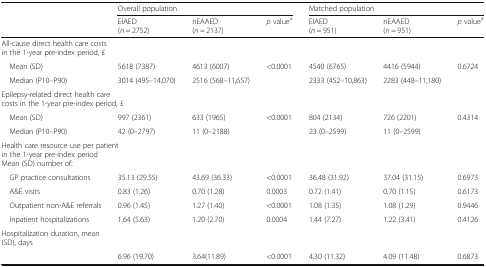
<table><thead><tr><td rowspan="2"></td><td colspan="3"><b>Overall population</b></td><td colspan="3"><b>Matched population</b></td></tr><tr><td><b>EIAED(<i>n</i> = 2752)</b></td><td><b>nEAAED(<i>n</i> = 2137)</b></td><td><b><i>p</i> value<sup>a</sup></b></td><td><b>EIAED(<i>n</i> = 951)</b></td><td><b>nEAAED(<i>n</i> = 951)</b></td><td><b><i>p</i> value<sup>a</sup></b></td></tr></thead><tbody><tr><td colspan="7">All-cause direct health care costs in the 1-year pre-index period, £</td></tr><tr><td> Mean (SD)</td><td>5618 (7387)</td><td>4613 (6007)</td><td>&lt;0.0001</td><td>4540 (6765)</td><td>4416 (5944)</td><td>0.6724</td></tr><tr><td> Median (P10–P90)</td><td>3014 (495–14,070)</td><td>2516 (568–11,657)</td><td></td><td>2333 (452–10,863)</td><td>2283 (448–11,180)</td><td></td></tr><tr><td colspan="7">Epilepsy-related direct health care costs in the 1-year pre-index period, £</td></tr><tr><td> Mean (SD)</td><td>997 (2361)</td><td>633 (1965)</td><td>&lt;0.0001</td><td>804 (2134)</td><td>726 (2201)</td><td>0.4314</td></tr><tr><td> Median (P10–P90)</td><td>42 (0–2797)</td><td>11 (0–2188)</td><td></td><td>23 (0–2599)</td><td>11 (0–2599)</td><td></td></tr><tr><td colspan="7">Health care resource use per patient in the 1-year pre-index periodMean (SD) number of:</td></tr><tr><td> GP practice consultations</td><td>35.13 (29.55)</td><td>43.69 (36.33)</td><td>&lt;0.0001</td><td>36.48 (31.92)</td><td>37.04 (31.15)</td><td>0.6973</td></tr><tr><td> A&amp;E visits</td><td>0.83 (1.26)</td><td>0.70 (1.28)</td><td>0.0003</td><td>0.72 (1.41)</td><td>0.70 (1.15)</td><td>0.6173</td></tr><tr><td> Outpatient non-A&amp;E referrals</td><td>0.96 (1.45)</td><td>1.27 (1.40)</td><td>&lt;0.0001</td><td>1.08 (1.35)</td><td>1.08 (1.29)</td><td>0.9446</td></tr><tr><td> Inpatient hospitalizations</td><td>1.64 (5.63)</td><td>1.20 (2.70)</td><td>0.0004</td><td>1.44 (7.27)</td><td>1.22 (3.41)</td><td>0.4126</td></tr><tr><td colspan="7">Hospitalization duration, mean (SD), days</td></tr><tr><td></td><td>6.96 (19.70)</td><td>3.64(11.89)</td><td>&lt;0.0001</td><td>4.30 (11.32)</td><td>4.09 (11.48)</td><td>0.6873</td></tr></tbody></table>